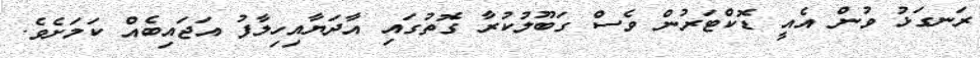
ރަނގަޅު ވުން އެއީ ޑޮކްޓަރުން ވެސް ގަބޫލުކުރާ ގޮތުގައި އާދަޔާއިހިލާފު އަޖައިބެއް ކަމަށެވެ.